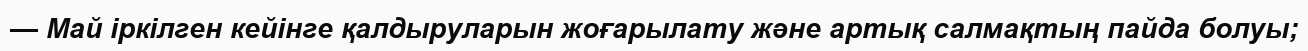
— Май iркiлген кейiнге қалдыруларын жоғарылату және артық салмақтың пайда болуы;